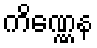
ကိဏ္ဏေန